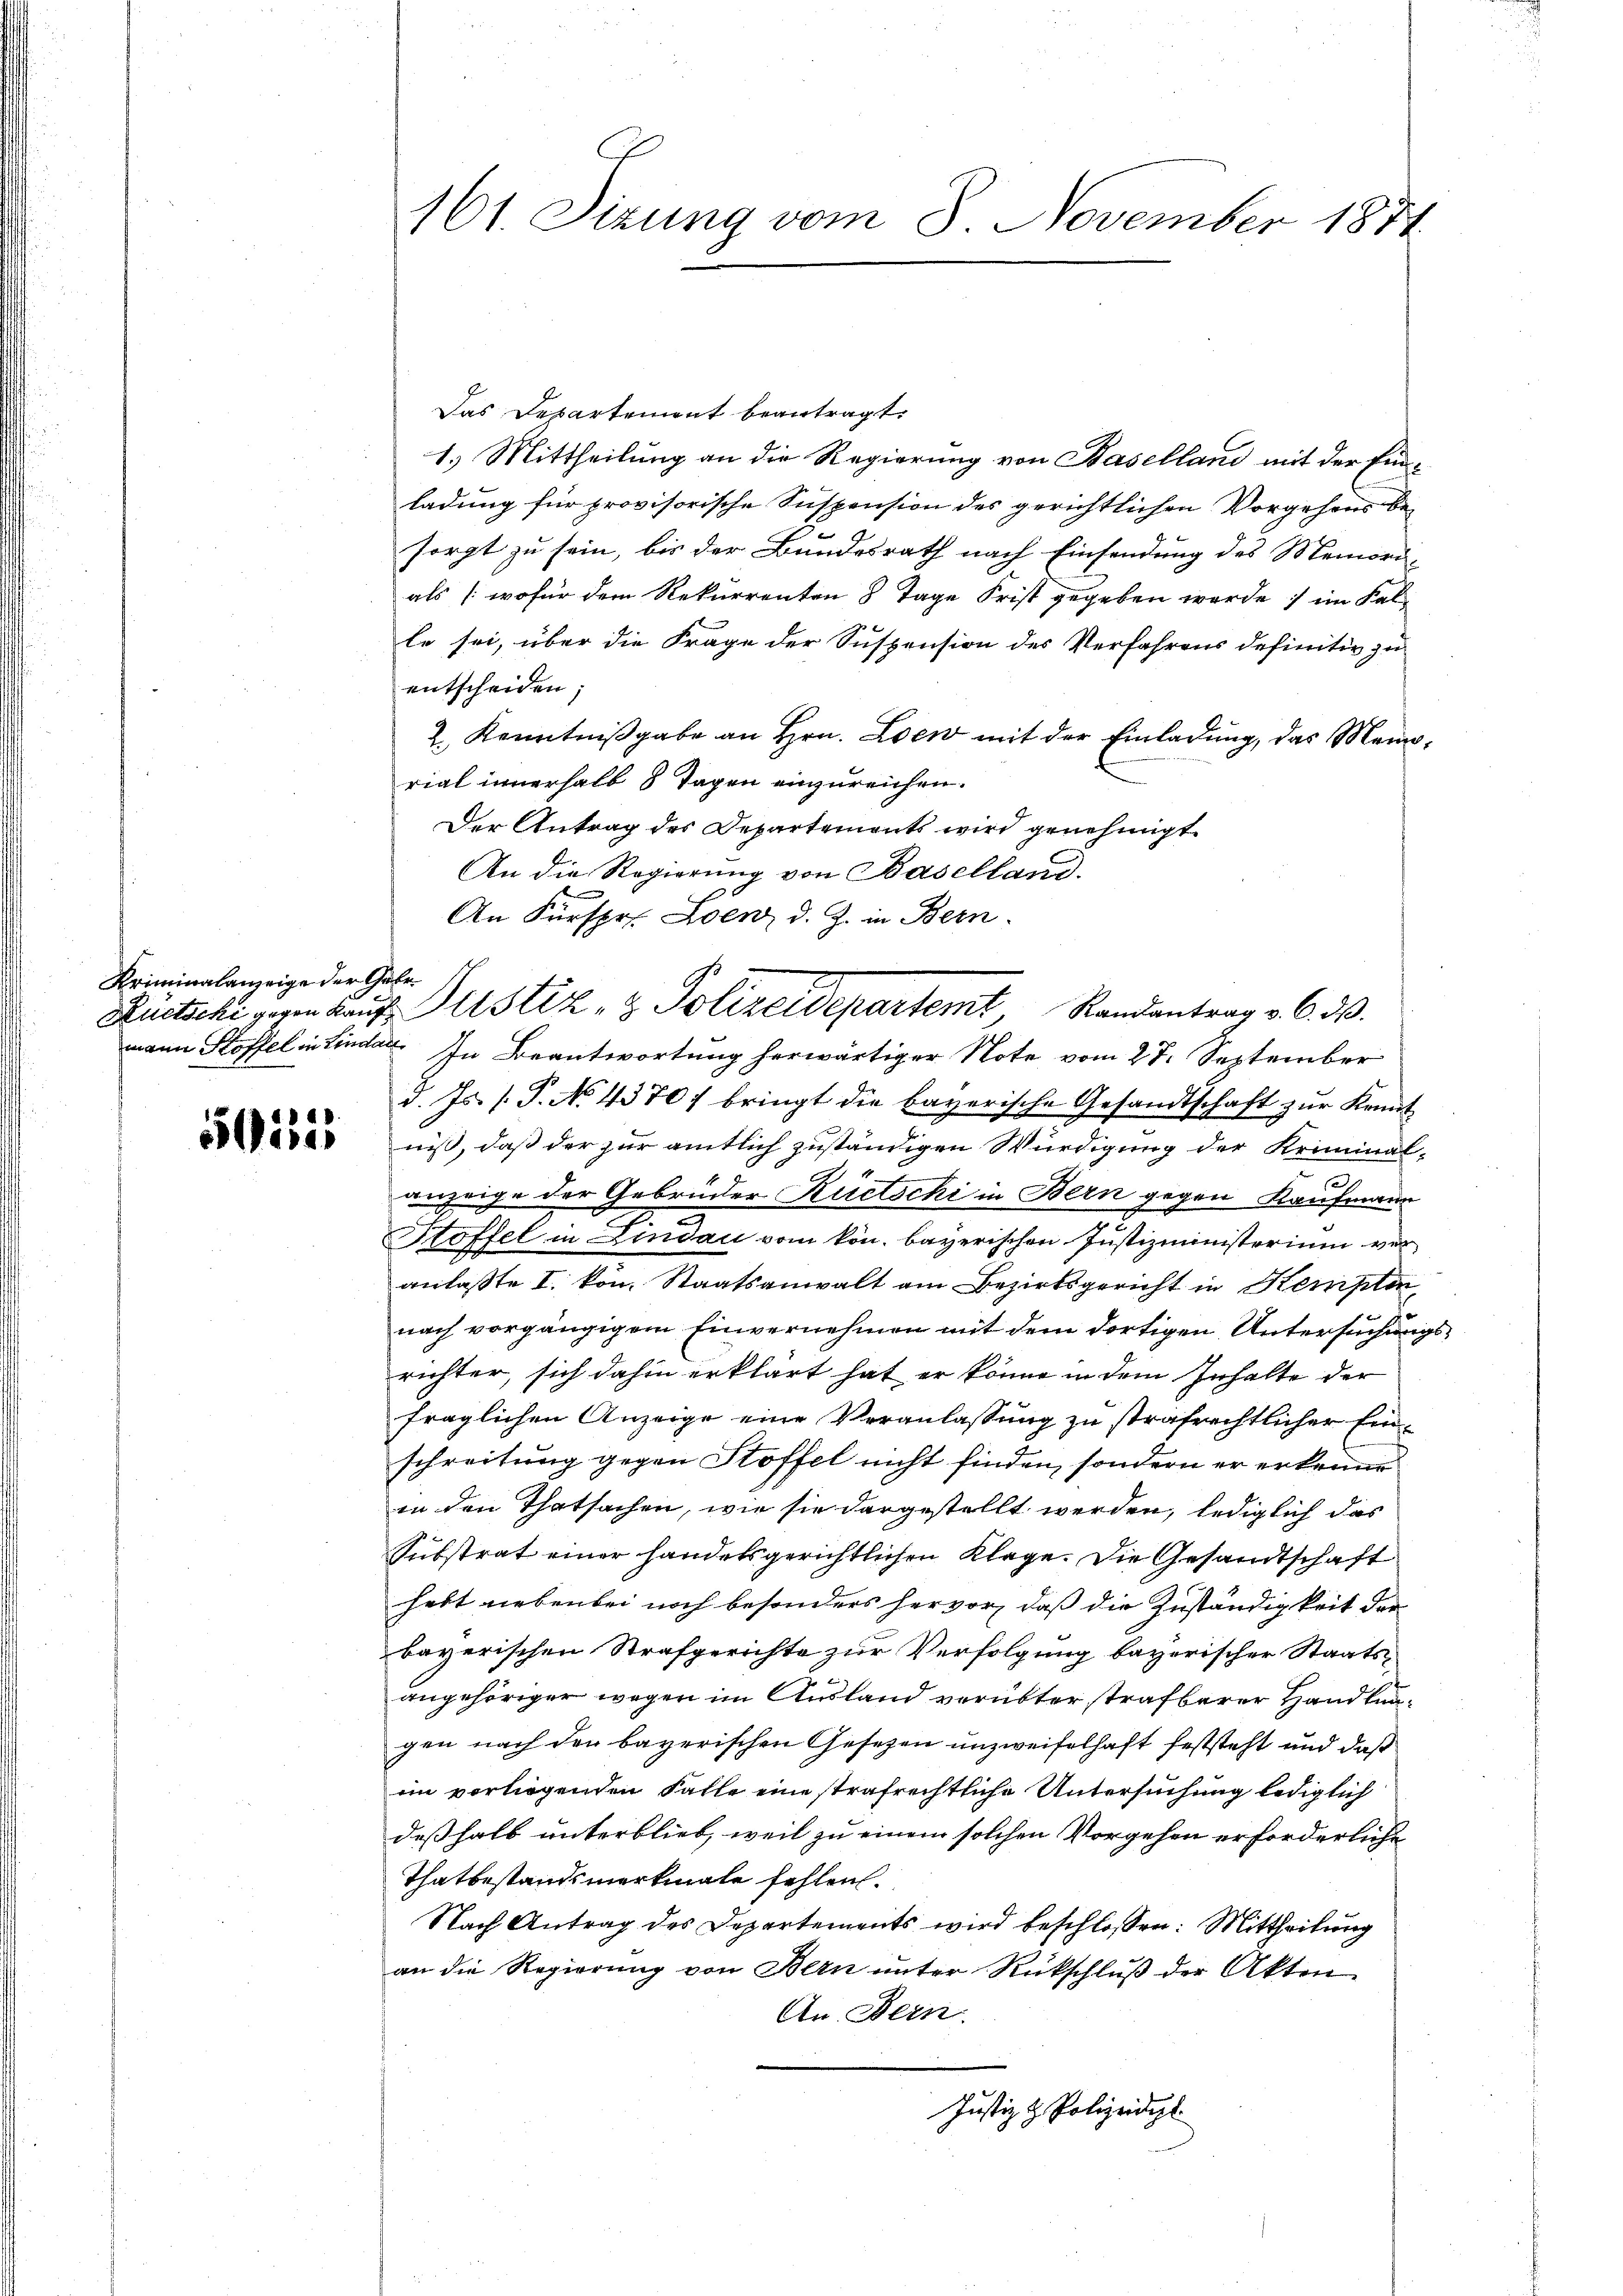
Kriminalanzeige der Gelemann Stoffel in Lindau

5021

161. Sizung vom 8. November 1871

Das Departement beantragt.
1.) Mittheilung an die Regierung von Baselland mit der Ein-
ladung für provisorische Suspension des gerichtlichen Vorgehens be-
sorgt zu sein, bis der Bundesrath nach Einsendung des Memori-
als (wofür dem Rekurrenten 8 Tage Frist gegeben werde; im Kal-
le sei, über die Frage der Suspension des Verfahrens definitiv zu
entscheiden;
2. Kenntnißgabe an Hrn. Loew mit der Einladung, das Mennrial innerhalb 8 Tagen einzureichen.
Der Antrag des Departements wird genehmigt
An die Regierung von Baselland.
An Fürspr. Lenz d. J. in Bern.
In Beantwortung herwärtiger Note vom 27. September
d. Js. (T. No 43707 bringt die bayerische Gesandtschaft zur Kennt
niß, daß der zur amtlich zuständigen Würdigung der Kriminal-
31
anzeige der Gebrüder Rüeschi in Bern gegen Kaufmann
Stoffel in Lindau vom kön. bayerischen Justizministerium vor
anlaßte I. von Staatsanwalt am Bezirksgericht in Kempten,
nach vorgängigem Einvernehmen mit dem dortigen Untersuchungsrichter, sich dahin erklärt hat er könne in dem Inhalte der
fraglichen Anzeige eine Veranlassung zu strafrechtlicher Einschreitung gegen Stoffel nicht finden, sondern er erkenne
in den Thatsachen, wie sie dargestellt werden, lediglich das
Substrat einer handelsgerichtlichen Klage. Die Gesandtschaft
hebt nebenbei noch besonders hervor, daß die Zuständigkeit der
bayerischen Strafgerichte zur Verfolgung bayerischer Staatsangehöriger wegen im Ausland verübter strafbarer Handlungen nach den bayerischen Gesezen unzweifelhaft feststeht und daß
en vorliegenden Falle eine strafrechtliche Untersuchung lediglich
deßhalb unterblieb, weil zu einem solchen Vorgehen erforderliche
Thatbestandsmerkmale fehlen.
Nach Antrag des Departements wird beschlossen: Mittheilung
an die Regierŭng von Bern ŭnter Rückschlŭβ der Akten
An Bern.
Justiz & Polizeidipl

Rutschi geren Kaŭf. Justiz- & Polizeidepartemt Randantrag v. 6. d.